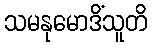
သမနုမောဒိံသူတိ